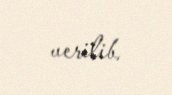
verilib.